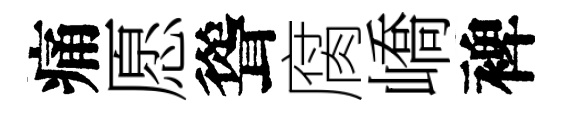
痛愿聳腐嶠裨